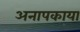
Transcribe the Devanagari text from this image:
अनापकाया